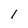
Character: 1